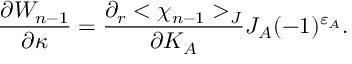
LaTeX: { \frac { \partial W _ { n - 1 } } { \partial \kappa } } = { \frac { \partial _ { r } < \chi _ { n - 1 } > _ { J } } { \partial K _ { A } } } J _ { A } ( - 1 ) ^ { \varepsilon _ { A } } .